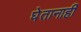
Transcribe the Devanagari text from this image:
घेतानाही